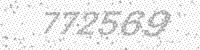
Solution: 772569